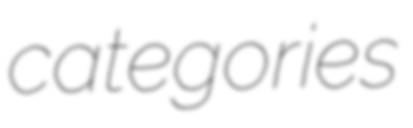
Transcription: categories